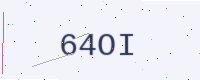
Text: 64OI